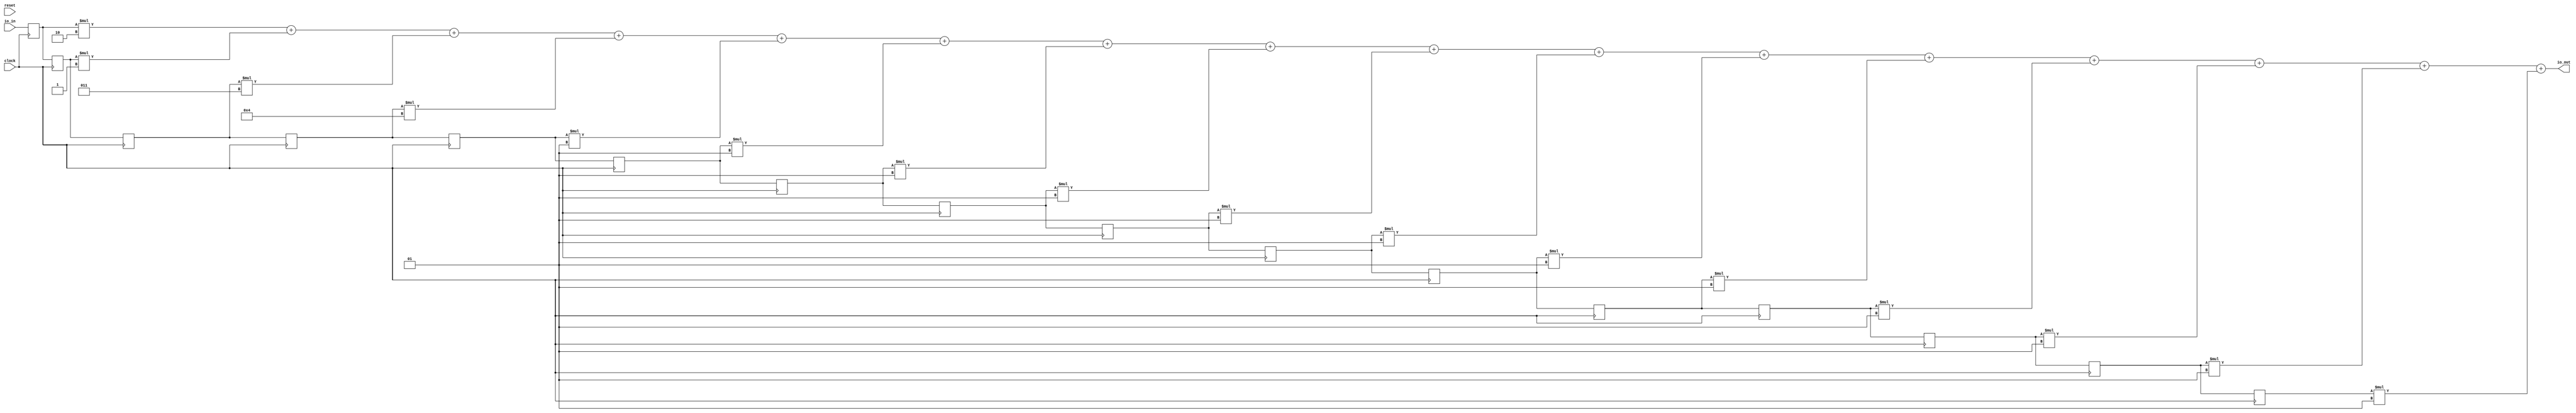
module FirFilter( // @[:@3.2]
  input        clock, // @[:@4.4]
  input        reset, // @[:@5.4]
  input  [7:0] io_in, // @[:@6.4]
  output [7:0] io_out // @[:@6.4]
);
  reg [7:0] zs_0; // @[FirFilter.scala 13:15:@8.4]
  reg [31:0] _RAND_0;
  reg [7:0] zs_1; // @[FirFilter.scala 13:15:@8.4]
  reg [31:0] _RAND_1;
  reg [7:0] zs_2; // @[FirFilter.scala 13:15:@8.4]
  reg [31:0] _RAND_2;
  reg [7:0] zs_3; // @[FirFilter.scala 13:15:@8.4]
  reg [31:0] _RAND_3;
  reg [7:0] zs_4; // @[FirFilter.scala 13:15:@8.4]
  reg [31:0] _RAND_4;
  reg [7:0] zs_5; // @[FirFilter.scala 13:15:@8.4]
  reg [31:0] _RAND_5;
  reg [7:0] zs_6; // @[FirFilter.scala 13:15:@8.4]
  reg [31:0] _RAND_6;
  reg [7:0] zs_7; // @[FirFilter.scala 13:15:@8.4]
  reg [31:0] _RAND_7;
  reg [7:0] zs_8; // @[FirFilter.scala 13:15:@8.4]
  reg [31:0] _RAND_8;
  reg [7:0] zs_9; // @[FirFilter.scala 13:15:@8.4]
  reg [31:0] _RAND_9;
  reg [7:0] zs_10; // @[FirFilter.scala 13:15:@8.4]
  reg [31:0] _RAND_10;
  reg [7:0] zs_11; // @[FirFilter.scala 13:15:@8.4]
  reg [31:0] _RAND_11;
  reg [7:0] zs_12; // @[FirFilter.scala 13:15:@8.4]
  reg [31:0] _RAND_12;
  reg [7:0] zs_13; // @[FirFilter.scala 13:15:@8.4]
  reg [31:0] _RAND_13;
  reg [7:0] zs_14; // @[FirFilter.scala 13:15:@8.4]
  reg [31:0] _RAND_14;
  reg [7:0] zs_15; // @[FirFilter.scala 13:15:@8.4]
  reg [31:0] _RAND_15;
  wire [9:0] _T_30; // @[FirFilter.scala 20:61:@25.4]
  wire [8:0] _T_31; // @[FirFilter.scala 20:61:@26.4]
  wire [10:0] _T_32; // @[FirFilter.scala 20:61:@27.4]
  wire [11:0] products_3; // @[FirFilter.scala 20:61:@28.4]
  wire [9:0] _T_34; // @[FirFilter.scala 20:61:@29.4]
  wire [9:0] _T_35; // @[FirFilter.scala 20:61:@30.4]
  wire [9:0] _T_36; // @[FirFilter.scala 20:61:@31.4]
  wire [9:0] _T_37; // @[FirFilter.scala 20:61:@32.4]
  wire [9:0] _T_38; // @[FirFilter.scala 20:61:@33.4]
  wire [9:0] _T_39; // @[FirFilter.scala 20:61:@34.4]
  wire [9:0] _T_40; // @[FirFilter.scala 20:61:@35.4]
  wire [9:0] _T_41; // @[FirFilter.scala 20:61:@36.4]
  wire [9:0] _T_42; // @[FirFilter.scala 20:61:@37.4]
  wire [9:0] _T_43; // @[FirFilter.scala 20:61:@38.4]
  wire [9:0] _T_44; // @[FirFilter.scala 20:61:@39.4]
  wire [9:0] _T_45; // @[FirFilter.scala 20:61:@40.4]
  wire [11:0] products_0; // @[FirFilter.scala 20:49:@41.4 FirFilter.scala 20:49:@42.4]
  wire [11:0] products_1; // @[FirFilter.scala 20:49:@41.4 FirFilter.scala 20:49:@43.4]
  wire [12:0] _T_67; // @[FirFilter.scala 23:31:@58.4]
  wire [11:0] _T_68; // @[FirFilter.scala 23:31:@59.4]
  wire [11:0] _T_69; // @[FirFilter.scala 23:31:@60.4]
  wire [11:0] products_2; // @[FirFilter.scala 20:49:@41.4 FirFilter.scala 20:49:@44.4]
  wire [12:0] _T_70; // @[FirFilter.scala 23:31:@61.4]
  wire [11:0] _T_71; // @[FirFilter.scala 23:31:@62.4]
  wire [11:0] _T_72; // @[FirFilter.scala 23:31:@63.4]
  wire [12:0] _T_73; // @[FirFilter.scala 23:31:@64.4]
  wire [11:0] _T_74; // @[FirFilter.scala 23:31:@65.4]
  wire [11:0] _T_75; // @[FirFilter.scala 23:31:@66.4]
  wire [11:0] products_4; // @[FirFilter.scala 20:49:@41.4 FirFilter.scala 20:49:@46.4]
  wire [12:0] _T_76; // @[FirFilter.scala 23:31:@67.4]
  wire [11:0] _T_77; // @[FirFilter.scala 23:31:@68.4]
  wire [11:0] _T_78; // @[FirFilter.scala 23:31:@69.4]
  wire [11:0] products_5; // @[FirFilter.scala 20:49:@41.4 FirFilter.scala 20:49:@47.4]
  wire [12:0] _T_79; // @[FirFilter.scala 23:31:@70.4]
  wire [11:0] _T_80; // @[FirFilter.scala 23:31:@71.4]
  wire [11:0] _T_81; // @[FirFilter.scala 23:31:@72.4]
  wire [11:0] products_6; // @[FirFilter.scala 20:49:@41.4 FirFilter.scala 20:49:@48.4]
  wire [12:0] _T_82; // @[FirFilter.scala 23:31:@73.4]
  wire [11:0] _T_83; // @[FirFilter.scala 23:31:@74.4]
  wire [11:0] _T_84; // @[FirFilter.scala 23:31:@75.4]
  wire [11:0] products_7; // @[FirFilter.scala 20:49:@41.4 FirFilter.scala 20:49:@49.4]
  wire [12:0] _T_85; // @[FirFilter.scala 23:31:@76.4]
  wire [11:0] _T_86; // @[FirFilter.scala 23:31:@77.4]
  wire [11:0] _T_87; // @[FirFilter.scala 23:31:@78.4]
  wire [11:0] products_8; // @[FirFilter.scala 20:49:@41.4 FirFilter.scala 20:49:@50.4]
  wire [12:0] _T_88; // @[FirFilter.scala 23:31:@79.4]
  wire [11:0] _T_89; // @[FirFilter.scala 23:31:@80.4]
  wire [11:0] _T_90; // @[FirFilter.scala 23:31:@81.4]
  wire [11:0] products_9; // @[FirFilter.scala 20:49:@41.4 FirFilter.scala 20:49:@51.4]
  wire [12:0] _T_91; // @[FirFilter.scala 23:31:@82.4]
  wire [11:0] _T_92; // @[FirFilter.scala 23:31:@83.4]
  wire [11:0] _T_93; // @[FirFilter.scala 23:31:@84.4]
  wire [11:0] products_10; // @[FirFilter.scala 20:49:@41.4 FirFilter.scala 20:49:@52.4]
  wire [12:0] _T_94; // @[FirFilter.scala 23:31:@85.4]
  wire [11:0] _T_95; // @[FirFilter.scala 23:31:@86.4]
  wire [11:0] _T_96; // @[FirFilter.scala 23:31:@87.4]
  wire [11:0] products_11; // @[FirFilter.scala 20:49:@41.4 FirFilter.scala 20:49:@53.4]
  wire [12:0] _T_97; // @[FirFilter.scala 23:31:@88.4]
  wire [11:0] _T_98; // @[FirFilter.scala 23:31:@89.4]
  wire [11:0] _T_99; // @[FirFilter.scala 23:31:@90.4]
  wire [11:0] products_12; // @[FirFilter.scala 20:49:@41.4 FirFilter.scala 20:49:@54.4]
  wire [12:0] _T_100; // @[FirFilter.scala 23:31:@91.4]
  wire [11:0] _T_101; // @[FirFilter.scala 23:31:@92.4]
  wire [11:0] _T_102; // @[FirFilter.scala 23:31:@93.4]
  wire [11:0] products_13; // @[FirFilter.scala 20:49:@41.4 FirFilter.scala 20:49:@55.4]
  wire [12:0] _T_103; // @[FirFilter.scala 23:31:@94.4]
  wire [11:0] _T_104; // @[FirFilter.scala 23:31:@95.4]
  wire [11:0] _T_105; // @[FirFilter.scala 23:31:@96.4]
  wire [11:0] products_14; // @[FirFilter.scala 20:49:@41.4 FirFilter.scala 20:49:@56.4]
  wire [12:0] _T_106; // @[FirFilter.scala 23:31:@97.4]
  wire [11:0] _T_107; // @[FirFilter.scala 23:31:@98.4]
  wire [11:0] _T_108; // @[FirFilter.scala 23:31:@99.4]
  wire [11:0] products_15; // @[FirFilter.scala 20:49:@41.4 FirFilter.scala 20:49:@57.4]
  wire [12:0] _T_109; // @[FirFilter.scala 23:31:@100.4]
  wire [11:0] _T_110; // @[FirFilter.scala 23:31:@101.4]
  wire [11:0] _T_111; // @[FirFilter.scala 23:31:@102.4]
  wire [7:0] _GEN_0; // @[FirFilter.scala 23:10:@103.4]
  assign _T_30 = $signed(zs_0) * $signed(-8'sh2); // @[FirFilter.scala 20:61:@25.4]
  assign _T_31 = $signed(zs_1) * $signed(-8'sh1); // @[FirFilter.scala 20:61:@26.4]
  assign _T_32 = $signed(zs_2) * $signed(8'sh3); // @[FirFilter.scala 20:61:@27.4]
  assign products_3 = $signed(zs_3) * $signed(8'sh4); // @[FirFilter.scala 20:61:@28.4]
  assign _T_34 = $signed(zs_4) * $signed(8'sh1); // @[FirFilter.scala 20:61:@29.4]
  assign _T_35 = $signed(zs_5) * $signed(8'sh1); // @[FirFilter.scala 20:61:@30.4]
  assign _T_36 = $signed(zs_6) * $signed(8'sh1); // @[FirFilter.scala 20:61:@31.4]
  assign _T_37 = $signed(zs_7) * $signed(8'sh1); // @[FirFilter.scala 20:61:@32.4]
  assign _T_38 = $signed(zs_8) * $signed(8'sh1); // @[FirFilter.scala 20:61:@33.4]
  assign _T_39 = $signed(zs_9) * $signed(8'sh1); // @[FirFilter.scala 20:61:@34.4]
  assign _T_40 = $signed(zs_10) * $signed(8'sh1); // @[FirFilter.scala 20:61:@35.4]
  assign _T_41 = $signed(zs_11) * $signed(8'sh1); // @[FirFilter.scala 20:61:@36.4]
  assign _T_42 = $signed(zs_12) * $signed(8'sh1); // @[FirFilter.scala 20:61:@37.4]
  assign _T_43 = $signed(zs_13) * $signed(8'sh1); // @[FirFilter.scala 20:61:@38.4]
  assign _T_44 = $signed(zs_14) * $signed(8'sh1); // @[FirFilter.scala 20:61:@39.4]
  assign _T_45 = $signed(zs_15) * $signed(8'sh1); // @[FirFilter.scala 20:61:@40.4]
  assign products_0 = {{2{_T_30[9]}},_T_30}; // @[FirFilter.scala 20:49:@41.4 FirFilter.scala 20:49:@42.4]
  assign products_1 = {{3{_T_31[8]}},_T_31}; // @[FirFilter.scala 20:49:@41.4 FirFilter.scala 20:49:@43.4]
  assign _T_67 = $signed(products_0) + $signed(products_1); // @[FirFilter.scala 23:31:@58.4]
  assign _T_68 = $signed(products_0) + $signed(products_1); // @[FirFilter.scala 23:31:@59.4]
  assign _T_69 = $signed(_T_68); // @[FirFilter.scala 23:31:@60.4]
  assign products_2 = {{1{_T_32[10]}},_T_32}; // @[FirFilter.scala 20:49:@41.4 FirFilter.scala 20:49:@44.4]
  assign _T_70 = $signed(_T_69) + $signed(products_2); // @[FirFilter.scala 23:31:@61.4]
  assign _T_71 = $signed(_T_69) + $signed(products_2); // @[FirFilter.scala 23:31:@62.4]
  assign _T_72 = $signed(_T_71); // @[FirFilter.scala 23:31:@63.4]
  assign _T_73 = $signed(_T_72) + $signed(products_3); // @[FirFilter.scala 23:31:@64.4]
  assign _T_74 = $signed(_T_72) + $signed(products_3); // @[FirFilter.scala 23:31:@65.4]
  assign _T_75 = $signed(_T_74); // @[FirFilter.scala 23:31:@66.4]
  assign products_4 = {{2{_T_34[9]}},_T_34}; // @[FirFilter.scala 20:49:@41.4 FirFilter.scala 20:49:@46.4]
  assign _T_76 = $signed(_T_75) + $signed(products_4); // @[FirFilter.scala 23:31:@67.4]
  assign _T_77 = $signed(_T_75) + $signed(products_4); // @[FirFilter.scala 23:31:@68.4]
  assign _T_78 = $signed(_T_77); // @[FirFilter.scala 23:31:@69.4]
  assign products_5 = {{2{_T_35[9]}},_T_35}; // @[FirFilter.scala 20:49:@41.4 FirFilter.scala 20:49:@47.4]
  assign _T_79 = $signed(_T_78) + $signed(products_5); // @[FirFilter.scala 23:31:@70.4]
  assign _T_80 = $signed(_T_78) + $signed(products_5); // @[FirFilter.scala 23:31:@71.4]
  assign _T_81 = $signed(_T_80); // @[FirFilter.scala 23:31:@72.4]
  assign products_6 = {{2{_T_36[9]}},_T_36}; // @[FirFilter.scala 20:49:@41.4 FirFilter.scala 20:49:@48.4]
  assign _T_82 = $signed(_T_81) + $signed(products_6); // @[FirFilter.scala 23:31:@73.4]
  assign _T_83 = $signed(_T_81) + $signed(products_6); // @[FirFilter.scala 23:31:@74.4]
  assign _T_84 = $signed(_T_83); // @[FirFilter.scala 23:31:@75.4]
  assign products_7 = {{2{_T_37[9]}},_T_37}; // @[FirFilter.scala 20:49:@41.4 FirFilter.scala 20:49:@49.4]
  assign _T_85 = $signed(_T_84) + $signed(products_7); // @[FirFilter.scala 23:31:@76.4]
  assign _T_86 = $signed(_T_84) + $signed(products_7); // @[FirFilter.scala 23:31:@77.4]
  assign _T_87 = $signed(_T_86); // @[FirFilter.scala 23:31:@78.4]
  assign products_8 = {{2{_T_38[9]}},_T_38}; // @[FirFilter.scala 20:49:@41.4 FirFilter.scala 20:49:@50.4]
  assign _T_88 = $signed(_T_87) + $signed(products_8); // @[FirFilter.scala 23:31:@79.4]
  assign _T_89 = $signed(_T_87) + $signed(products_8); // @[FirFilter.scala 23:31:@80.4]
  assign _T_90 = $signed(_T_89); // @[FirFilter.scala 23:31:@81.4]
  assign products_9 = {{2{_T_39[9]}},_T_39}; // @[FirFilter.scala 20:49:@41.4 FirFilter.scala 20:49:@51.4]
  assign _T_91 = $signed(_T_90) + $signed(products_9); // @[FirFilter.scala 23:31:@82.4]
  assign _T_92 = $signed(_T_90) + $signed(products_9); // @[FirFilter.scala 23:31:@83.4]
  assign _T_93 = $signed(_T_92); // @[FirFilter.scala 23:31:@84.4]
  assign products_10 = {{2{_T_40[9]}},_T_40}; // @[FirFilter.scala 20:49:@41.4 FirFilter.scala 20:49:@52.4]
  assign _T_94 = $signed(_T_93) + $signed(products_10); // @[FirFilter.scala 23:31:@85.4]
  assign _T_95 = $signed(_T_93) + $signed(products_10); // @[FirFilter.scala 23:31:@86.4]
  assign _T_96 = $signed(_T_95); // @[FirFilter.scala 23:31:@87.4]
  assign products_11 = {{2{_T_41[9]}},_T_41}; // @[FirFilter.scala 20:49:@41.4 FirFilter.scala 20:49:@53.4]
  assign _T_97 = $signed(_T_96) + $signed(products_11); // @[FirFilter.scala 23:31:@88.4]
  assign _T_98 = $signed(_T_96) + $signed(products_11); // @[FirFilter.scala 23:31:@89.4]
  assign _T_99 = $signed(_T_98); // @[FirFilter.scala 23:31:@90.4]
  assign products_12 = {{2{_T_42[9]}},_T_42}; // @[FirFilter.scala 20:49:@41.4 FirFilter.scala 20:49:@54.4]
  assign _T_100 = $signed(_T_99) + $signed(products_12); // @[FirFilter.scala 23:31:@91.4]
  assign _T_101 = $signed(_T_99) + $signed(products_12); // @[FirFilter.scala 23:31:@92.4]
  assign _T_102 = $signed(_T_101); // @[FirFilter.scala 23:31:@93.4]
  assign products_13 = {{2{_T_43[9]}},_T_43}; // @[FirFilter.scala 20:49:@41.4 FirFilter.scala 20:49:@55.4]
  assign _T_103 = $signed(_T_102) + $signed(products_13); // @[FirFilter.scala 23:31:@94.4]
  assign _T_104 = $signed(_T_102) + $signed(products_13); // @[FirFilter.scala 23:31:@95.4]
  assign _T_105 = $signed(_T_104); // @[FirFilter.scala 23:31:@96.4]
  assign products_14 = {{2{_T_44[9]}},_T_44}; // @[FirFilter.scala 20:49:@41.4 FirFilter.scala 20:49:@56.4]
  assign _T_106 = $signed(_T_105) + $signed(products_14); // @[FirFilter.scala 23:31:@97.4]
  assign _T_107 = $signed(_T_105) + $signed(products_14); // @[FirFilter.scala 23:31:@98.4]
  assign _T_108 = $signed(_T_107); // @[FirFilter.scala 23:31:@99.4]
  assign products_15 = {{2{_T_45[9]}},_T_45}; // @[FirFilter.scala 20:49:@41.4 FirFilter.scala 20:49:@57.4]
  assign _T_109 = $signed(_T_108) + $signed(products_15); // @[FirFilter.scala 23:31:@100.4]
  assign _T_110 = $signed(_T_108) + $signed(products_15); // @[FirFilter.scala 23:31:@101.4]
  assign _T_111 = $signed(_T_110); // @[FirFilter.scala 23:31:@102.4]
  assign _GEN_0 = _T_111[7:0]; // @[FirFilter.scala 23:10:@103.4]
  assign io_out = $signed(_GEN_0); // @[FirFilter.scala 23:10:@103.4]
`ifdef RANDOMIZE_GARBAGE_ASSIGN
`define RANDOMIZE
`endif
`ifdef RANDOMIZE_INVALID_ASSIGN
`define RANDOMIZE
`endif
`ifdef RANDOMIZE_REG_INIT
`define RANDOMIZE
`endif
`ifdef RANDOMIZE_MEM_INIT
`define RANDOMIZE
`endif
`ifndef RANDOM
`define RANDOM $random
`endif
`ifdef RANDOMIZE
  integer initvar;
  initial begin
    `ifdef INIT_RANDOM
      `INIT_RANDOM
    `endif
    `ifndef VERILATOR
      #0.002 begin end
    `endif
  `ifdef RANDOMIZE_REG_INIT
  _RAND_0 = {1{`RANDOM}};
  zs_0 = _RAND_0[7:0];
  `endif // RANDOMIZE_REG_INIT
  `ifdef RANDOMIZE_REG_INIT
  _RAND_1 = {1{`RANDOM}};
  zs_1 = _RAND_1[7:0];
  `endif // RANDOMIZE_REG_INIT
  `ifdef RANDOMIZE_REG_INIT
  _RAND_2 = {1{`RANDOM}};
  zs_2 = _RAND_2[7:0];
  `endif // RANDOMIZE_REG_INIT
  `ifdef RANDOMIZE_REG_INIT
  _RAND_3 = {1{`RANDOM}};
  zs_3 = _RAND_3[7:0];
  `endif // RANDOMIZE_REG_INIT
  `ifdef RANDOMIZE_REG_INIT
  _RAND_4 = {1{`RANDOM}};
  zs_4 = _RAND_4[7:0];
  `endif // RANDOMIZE_REG_INIT
  `ifdef RANDOMIZE_REG_INIT
  _RAND_5 = {1{`RANDOM}};
  zs_5 = _RAND_5[7:0];
  `endif // RANDOMIZE_REG_INIT
  `ifdef RANDOMIZE_REG_INIT
  _RAND_6 = {1{`RANDOM}};
  zs_6 = _RAND_6[7:0];
  `endif // RANDOMIZE_REG_INIT
  `ifdef RANDOMIZE_REG_INIT
  _RAND_7 = {1{`RANDOM}};
  zs_7 = _RAND_7[7:0];
  `endif // RANDOMIZE_REG_INIT
  `ifdef RANDOMIZE_REG_INIT
  _RAND_8 = {1{`RANDOM}};
  zs_8 = _RAND_8[7:0];
  `endif // RANDOMIZE_REG_INIT
  `ifdef RANDOMIZE_REG_INIT
  _RAND_9 = {1{`RANDOM}};
  zs_9 = _RAND_9[7:0];
  `endif // RANDOMIZE_REG_INIT
  `ifdef RANDOMIZE_REG_INIT
  _RAND_10 = {1{`RANDOM}};
  zs_10 = _RAND_10[7:0];
  `endif // RANDOMIZE_REG_INIT
  `ifdef RANDOMIZE_REG_INIT
  _RAND_11 = {1{`RANDOM}};
  zs_11 = _RAND_11[7:0];
  `endif // RANDOMIZE_REG_INIT
  `ifdef RANDOMIZE_REG_INIT
  _RAND_12 = {1{`RANDOM}};
  zs_12 = _RAND_12[7:0];
  `endif // RANDOMIZE_REG_INIT
  `ifdef RANDOMIZE_REG_INIT
  _RAND_13 = {1{`RANDOM}};
  zs_13 = _RAND_13[7:0];
  `endif // RANDOMIZE_REG_INIT
  `ifdef RANDOMIZE_REG_INIT
  _RAND_14 = {1{`RANDOM}};
  zs_14 = _RAND_14[7:0];
  `endif // RANDOMIZE_REG_INIT
  `ifdef RANDOMIZE_REG_INIT
  _RAND_15 = {1{`RANDOM}};
  zs_15 = _RAND_15[7:0];
  `endif // RANDOMIZE_REG_INIT
  end
`endif // RANDOMIZE
  always @(posedge clock) begin
    zs_0 <= io_in;
    zs_1 <= zs_0;
    zs_2 <= zs_1;
    zs_3 <= zs_2;
    zs_4 <= zs_3;
    zs_5 <= zs_4;
    zs_6 <= zs_5;
    zs_7 <= zs_6;
    zs_8 <= zs_7;
    zs_9 <= zs_8;
    zs_10 <= zs_9;
    zs_11 <= zs_10;
    zs_12 <= zs_11;
    zs_13 <= zs_12;
    zs_14 <= zs_13;
    zs_15 <= zs_14;
  end
endmodule